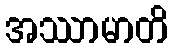
အဿာမာတိ